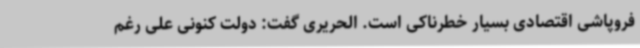
فروپاشی اقتصادی بسیار خطرناکی است. الحریری گفت: دولت کنونی علی رغم